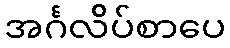
အင်္ဂလိပ်စာပေ